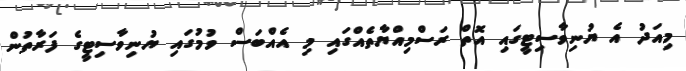
މިއަދު އެ ޔުނިވާސިޓީގައި އޮތް ރަސްމިއްޔާތެއްގައި މި އެއްބަސް ވުމުގައި ޔުނިވާސިޓީގެ ފަރާތުން